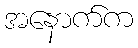
အနောက်က